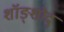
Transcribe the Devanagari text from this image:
शॉङ्शोद्